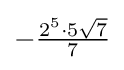
-{\tfrac {2^{5}\cdot 5{\sqrt {7}}}{7}}